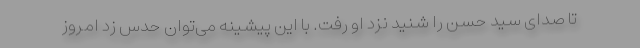
تا صدای سید حسن را شنید نزد او رفت. با این پیشینه می‌توان حدس زد امروز